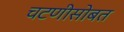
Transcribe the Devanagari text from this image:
चटणीसोबत